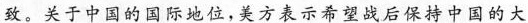
致。关于中国的国际地位，美方表示希望战后保持中国的大